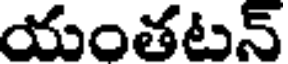
యంతటన్